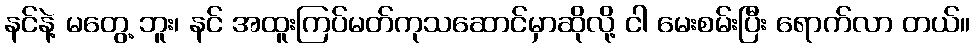
နင်နဲ့ မတွေ့ ဘူး၊ နင် အထူးကြပ်မတ်ကုသဆောင်မှာဆိုလို့ ငါ မေးစမ်းပြီး ရောက်လာ တယ်။